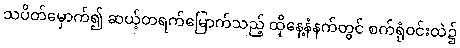
သပိတ်မှောက်၍ ဆယ့်တရက်မြောက်သည့် ထိုနေ့နံနက်တွင် စက်ရုံဝင်းထဲ၌